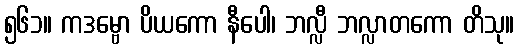
၅၆၁။ ကဒမ္ဗော ပိယကော နီပေါ၊ ဘလ္လီ ဘလ္လာတကော တိသု။